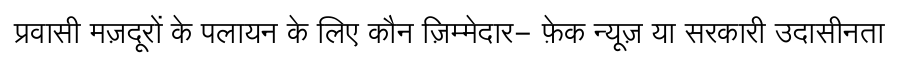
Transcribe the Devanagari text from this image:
प्रवासी मज़दूरों के पलायन के लिए कौन ज़िम्मेदार- फ़ेक न्यूज़ या सरकारी उदासीनता